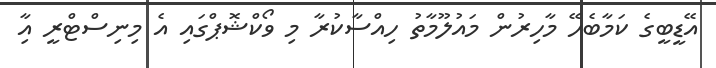
އޭޑީބީގެ ކަމާބެހޭ މާހިރުން މައުލޫމާތު ހިއްސާކުރާ މި ވޯކްޝޮޕްގައި އެ މިނިސްޓްރީ އާި